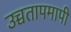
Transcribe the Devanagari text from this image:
उच्चतापमापी